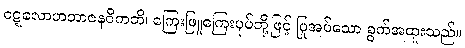
ဝဋ္ဋလောဟဘာဇနဝိကတိ၊ ကြေးဖြူကြေးပုပ်တို့ဖြင့် ပြုအပ်သော ခွက်အထူးသည်။